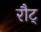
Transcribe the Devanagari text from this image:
रौट्